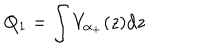
Q _ { 1 } = \int V _ { \alpha _ { + } } ( z ) \mathrm { d } z